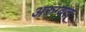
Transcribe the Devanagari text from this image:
अरुग्वत्